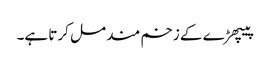
پیپھڑ ے کے زخم مند مل کرتا ہے۔